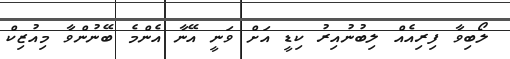
ލޯބިވާ ފިރިއެއް ލިބުނުއިރު ކިޑީ އަށް ވަނީ އޭނާ އެންމެ ބޭނުންވާ މިއުޒިކް